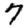
Digit: 7